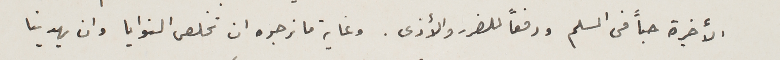
الأخيرة حباً فى السلم ودفعاَ للضرر والأذى. وغاية ما نرجوه ان تخلص النوايا وان يهدينا